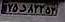
۲۵د۸۲۳۵۳